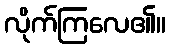
လိုက်ကြလေ၏။